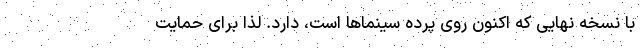
با نسخه نهایی که اکنون روی پرده سینماها است، دارد. لذا برای حمایت